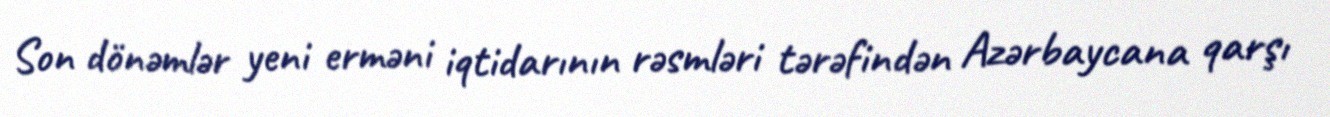
Son dönəmlər yeni erməni iqtidarının rəsmləri tərəfindən Azərbaycana qarşı